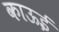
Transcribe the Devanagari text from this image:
काऊई